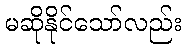
မဆိုနိုင်သော်လည်း